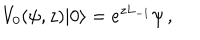
V _ { 0 } ( \psi , z ) | 0 \rangle = e ^ { z L _ { - 1 } } \psi \, ,